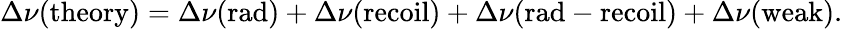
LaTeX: \Delta\nu(\mathrm{theory})=\Delta\nu(\mathrm{rad})+\Delta\nu(\mathrm{recoil})+\Delta\nu(\mathrm{rad-recoil})+\Delta\nu(\mathrm{weak}).